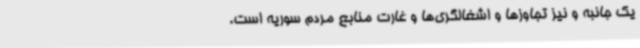
یک جانبه و نیز تجاوزها و اشغالگری‌ها و غارت منابع مردم سوریه است.